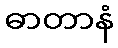
ဓာတာနံ